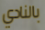
بالنادي